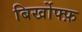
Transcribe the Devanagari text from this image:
बिर्खोफ्फ़